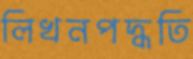
লিখনপদ্ধতি